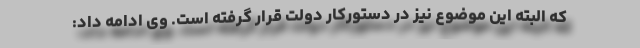
که البته این موضوع نیز در دستورکار دولت قرار گرفته است. وی ادامه داد: